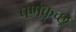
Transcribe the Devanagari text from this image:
पर्णकृच्छ्र